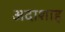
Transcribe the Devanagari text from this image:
अदाशाह